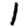
Digit: 1